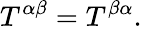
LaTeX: T^{\alpha\beta}=T^{\beta\alpha}.